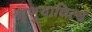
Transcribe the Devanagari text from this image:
श्रृणुयान्नित्यं